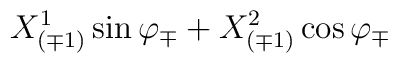
{X^1_{(\mp 1)} \sin\varphi_\mp + X^2_{(\mp 1)} \cos\varphi_\mp }